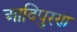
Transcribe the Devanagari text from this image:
आदिपुरण